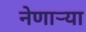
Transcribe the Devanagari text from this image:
नेणाऱ्या